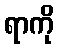
ရာကို